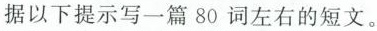
据以下提示写一篇80词左右的短文。